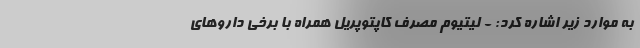
به موارد زیر اشاره کرد: - لیتیوم مصرف کاپتوپریل همراه با برخی داروهای